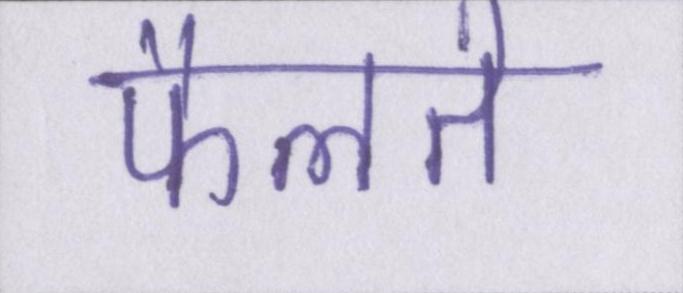
फैलते